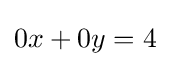
0x+0y=4